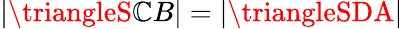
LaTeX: |\triangleS\mathbb{C}B|=|\triangleSDA|